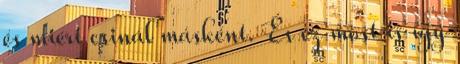
és miért csinál másként. És ez most is így